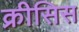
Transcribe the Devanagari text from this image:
क्रीसिस